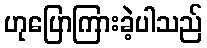
ဟုပြောကြားခဲ့ပါသည်